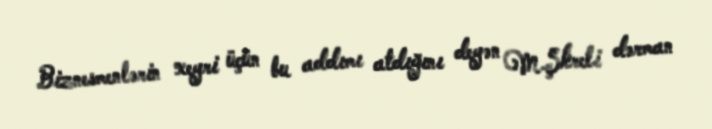
Biznesmenlərin xeyri üçün bu addımı atdığını deyən M.Şkreli dərman